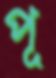
পূ